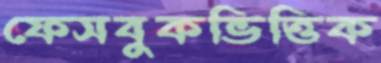
ফেসবুকভিত্তিক